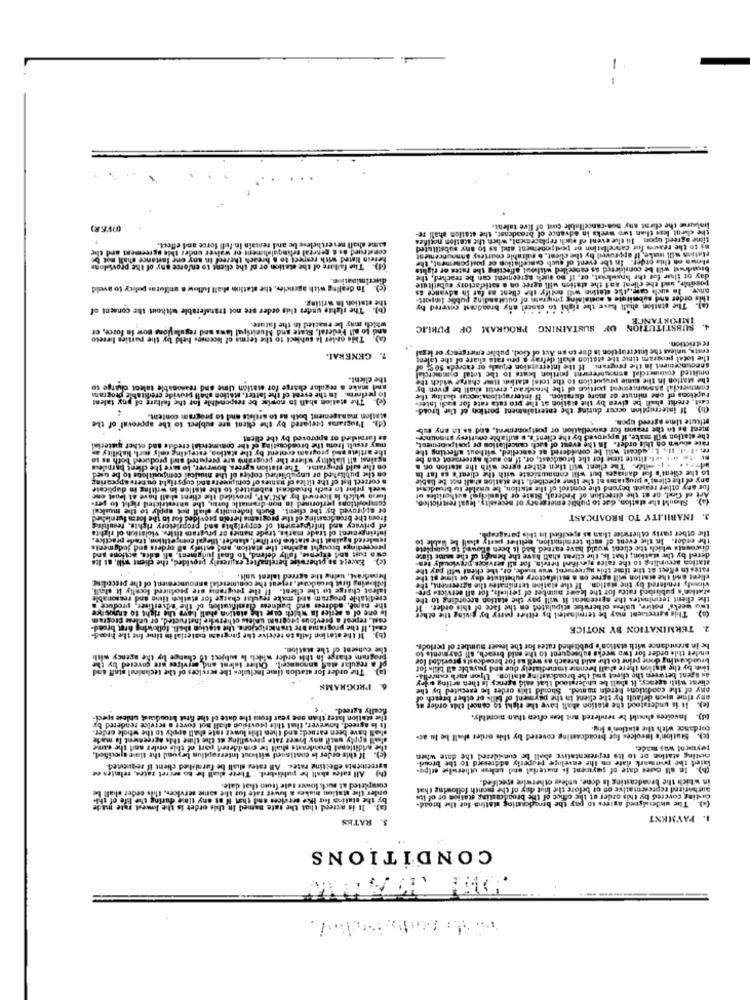
(OVER)
non-cancellabile cost of live talent.
Imlarse the clirn
time agreed upon. In the event of wich replacement, when the station notifies
the client less than two weeks in advance of broadcast, the station shall Be-
some chall nevertheless be and remain in full force and effect.
construed as & general selingulaliment or waiver under this agreement and the
Rs to the reais fur cancellation or toud moensent and as to any substituted
Fetein listed with respect to a breach thereed In any one lartance shall not be
Fintion will make, If approved by the client. o saltable courtesy announceniest
The failare of the station or of the client to enforce ony of the provisions
broadrust will be considered as cancelled without affecting the rutes or rights
shows on this order. In the event of such cancellation of postponemeat, the
day ot ilnar for the hnswleist, or, If no such agreement can be reached, the
(c). In dealing with agencies, the station shall ludlow a uniforms policy to aveld
andy. In such cam, the station will notify the client as far In advance as
posable, and the client aal the statich will agree on a satisfactory substitute
The etation in writing.
this order and submitute a custalaing pirugrats of outstanding public lanport-
(h). The sights under this order are not transferable without the consent of
The station shall have the right to cancel any broadcast covered by
IMPORTANCE
walch may be enacted in the future.
and to all Federal, State and Municipal laws and regulations now in force, er
SUBSTITUTION OF SUSTAINING PROGRAM OF PUBLIC
(a). The onler la subject to the terms of Nounses held by the parties liereto
costs, unless the Interruption is due to an Act of God, public emergency or legal
7. GENERAL
the total program tinie the Mistion chall defray a peu rata share of the talent
announcement In the program. If the Intercassion equals or exceed. 50 5% of
the client.
the station In the game proput Lion to the toinl datbis tiowe charge which the
entilted commercial asnouhrement portion boats Io the total commercial
and make a regular charge for etation time and reasonable talent charge to
commescial assouncemeat portico of the breadrad, credit shall be given by
(c). The station shall in nowlse be responsible for the failure of any talent
lo perform. In the event of the latter, station shall provide creditable programa
ruptions of one minute or more duration. Il interruptionsloceut deting the
4
If interruption occur during the entertaininent portion of the broad-
East, credit shall be given by the station at the pro rata rate for sach inter-
. Programas prepared by the client are subject to the approval of the
station management both as to artists and to program content.
stitute Lime agreed upon.
ment De to the reason for cancellation or postponement, and as in any oub-
as farnished or approved by the ellent.
wed by the client's. o auftabte courtesy announce-
the station will make, if apur
the artlets and program content by the statla, excepting only mich liability as
may result [rotu the broadcasting of the commercial credito and other material
Fre +t .il. Il .. L. odcast will be considered as cancelled, without affecting the
rate einen on this order. In the event of such cancellation pr postpriorinest.
against all llatility where the programs are prepared and produced both #1 10
-Se w .el itute tiese for the broadcast, or, if no such agreement can be
on the sald programs. The ciation agrees, however, Lo sire the client harpiless
wir. .. . )- wide. The client will tien either agree with the station on a
on the published or unpublished copies of the musical compositions to be used
a correct list of the tilles of natures of comjeers and cupstight ou pers appcaring
e thine specified, the station shall not be Liable
will communicate with the client's es fat In
to the client's for damages bu
any of the client's programs at th
week prins to each broadcast submitted to the sistlen in writing in duplicate
for any other season beyond the control of the station, be enabile to broadcast
eia which is licensed hy ASI'Al, provided Ile client of all have at least one
1. State or Masichml authoriiles ot
emergency of necessity. legal ferri
Shoul the station, due to pu
AFE ed Get. or at the direction
chall not apply to the musical
forms, the unrestricted right to per-
leninil
Approved by the client. Buch
compositions perforined in hon-dramall
de Cor to the lotm furnishie
povid
from the broadcasting of the pr
INABILITY TO BROADCAST
3.
and proprictory rights, resulting
Com
ent
A Intricate
f privacy
legal Competition, Irode practke.
tation for In-1,
de maths, trade nanich er prugram titles. violation of rights
Infringement of Le
the other party colierwice than as specified in this paragraph.
the order. In the event of auch termination, eeither party shall be liable to
! antiofy ah orders and judgments
gerdings brought against the station
Chcounts which the client would have earned had it been allowed to compie
provided, the client will, at Ite
judgment, all Gilta, actions and
Except no otherwise
Wa Dost and expense, fully del
dered by the station; that Is, the client shall have the benedy of the suite finse
rates in effect at the time this agreessent wus bisde, or, the client win pay the
Matica according to the rates sevifind herela, for all services.previously ten-
hroarkast, Valne the agreed talent wall.
client and the ouation will agree on a mulfactory pubstitste day or time et the
announcement of the preceLis
the programs are produced locally it shall,
he commercial
following first broadcast, rejeatt
talent charge to the client.
virady rendered by the station. If the clation terminates the Agreement, the
station's published rates for the keueg number of teticals, for all services pre-
creditalile program and make regular charge for stullon line and reasonable
the client terininates the agreement it will pay the station according to the
the name, address and badness Classification of the advertiser, produce @
Lou weeks' potire, unless otherwise stipulated on the face of this order. It
cast, repeat a previous program unless of herstre Instructed, or unless program
Is one of a serles in which case the station shall have the right to announce
(a). This perectient may be terminated hy either party by giving the other
cost. If the programis htc transcriptions, the station shel. following firet breed-
2. TERMINATION BY NOTICE
If the station falla to receive the pregrass material in tint Ins the hood-
the cuntsent of the station.
he in arentdance with station's published rates for the lesser number of perlode.
program change in this order which Is subject to change by the agency with
program charge in th
broadcasting done prine to the sald breach as well as for broadcasts provide! lor
under this order for two weeks subsequent to the enid breach. all payments so
The order for at
The order for station (ime Includes the services of the technical staff and
pl a regular alaff announceit, Ouher lulent and services ure covered by the
pl a regular alaf an
Imit by the station there shall brenose immediately due and payable all bile fot
as agent between the client and the broadcasting stallon. Upon such oucher !!!
client wish agency, it shall be itulerstood that said agency is then arting uley
PROGRAMS
any of the conditions herein named. Should this order Le grecuted by the
any time apon default by the client in the payment of Gills or other breach of
fically Lgreed.
(e). It is understood the nation ahall have the right to cancel this order as
the station later than one year front the date of the first broudcanst unless wec-
Invoices child be Beideted not less often than monthly.
shall have been earned; and then this lowet rate shall apply to the whole order.
It is agreed, however, that this provision shall not cover a service rendered by
cordance with the station's log.
sell apply until any lower fate prevelling at the use this agreement la made
(c). Station's Invoices for broadcasting covered by this order shall be In ac-
the endillenal brondiraste duill be con dered part of this oniler and the eume
tøymarnt was made.
(c). If this order is continued without Interruption beyond the time specified.
rusting statle or to Its representative shall be considered the date when
agreements effecting rates. An cates shall be furnished chent if requested.
Idtesard to the brouk-
(b).In all cares date of payment is material and unless otherwise olpe-
lated the powermark date on the envelope properly address
(h) All cates shall be published. Thete shall be to secret tatra, velmies er
in which the broadcasting Is done, untee otherwise specified.
onler the station hikes à lwer sate for the same services, this order chali be
completed at such lower tale fruto that date.
authorized representative on et before the last day of the month following that
by the stating for live services sad that If at any sinse during the bre of the
casting covered by this order at the office of the broadcasting station or of its
(a). It is agreed that the tate named in this order in the lowest rate made
The undersigned agrees to pay the broadcasting alstinn for the broad-
5. RATES
1. PAYMENT
CONDITIONS